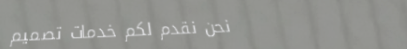
نحن نقدم لكم خدمات تصميم